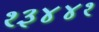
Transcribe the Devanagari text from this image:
१३४४१